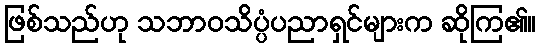
ဖြစ်သည်ဟု သဘာဝသိပ္ပံပညာရှင်များက ဆိုကြ၏။